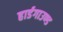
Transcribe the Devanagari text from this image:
हार्डगाउण्ड